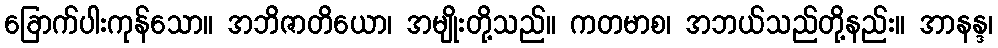
ခြောက်ပါးကုန်သော။ အဘိဇာတိယော၊ အမျိုးတို့သည်။ ကတမာစ၊ အဘယ်သည်တို့နည်း။ အာနန္ဒ၊